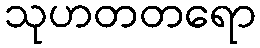
သုဟတတရော